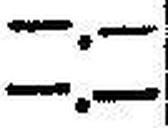
—.—